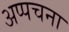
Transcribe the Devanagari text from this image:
अप्पचना